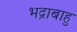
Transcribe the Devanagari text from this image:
भद्राबाहु